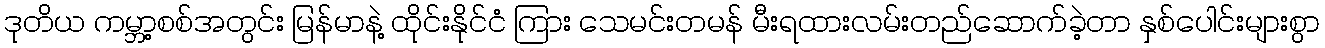
ဒုတိယ ကမ္ဘာ့စစ်အတွင်း မြန်မာနဲ့ ထိုင်းနိုင်ငံ ကြား သေမင်းတမန် မီးရထားလမ်းတည်ဆောက်ခဲ့တာ နှစ်ပေါင်းများစွာ